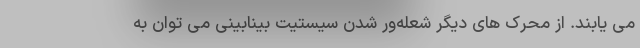
می یابند. از محرک های دیگر شعله‌ور شدن سیستیت بینابینی می توان به